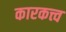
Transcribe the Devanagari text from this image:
कारकत्त्व